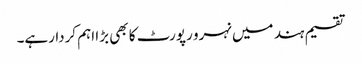
تقسیم ہند میں نہرو رپورٹ کا بھی بڑا اہم کردارہے۔